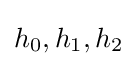
h_{0},h_{1},h_{2}